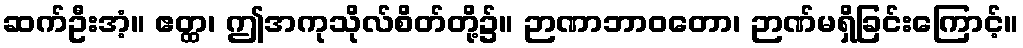
ဆက်ဦးအံ့။ ဧတ္ထ၊ ဤအကုသိုလ်စိတ်တို့၌။ ဉာဏာဘာဝတော၊ ဉာဏ်မရှိခြင်းကြောင့်။